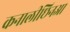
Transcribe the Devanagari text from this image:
कनालीछिनआ